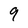
Character: 9